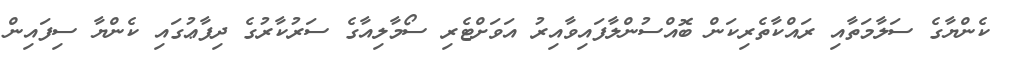
ކެންޔާގެ ސަލާމަތާއި ރައްކާތެރިކަން ބޮއްސުންލާފައިވާއިރު އަވަށްޓެރި ސޯމާލިއާގެ ސަރުކާރުގެ ދިފާޢުގައި ކެންޔާ ސިފައިން